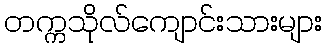
တက္ကသိုလ်ကျောင်းသားများ